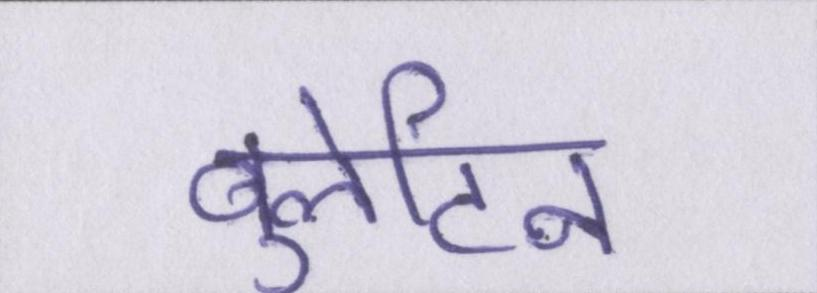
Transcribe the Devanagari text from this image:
बुलेटिन